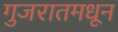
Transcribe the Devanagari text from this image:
गुजरातमधून